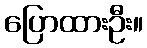
ပြောထားဦး။